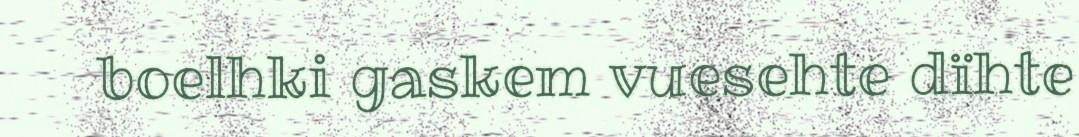
boelhki gaskem vuesehte dïhte